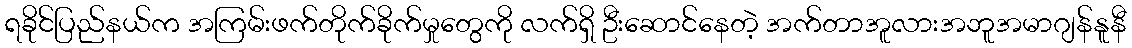
ရခိုင်ပြည်နယ်က အကြမ်းဖက်တိုက်ခိုက်မှုတွေကို လက်ရှိ ဦးဆောင်နေတဲ့ အက်တာအူလားအဘူအမာဂျန်နူနီ